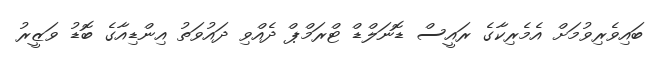
ބައިވެރިވުމަށް އެމެރިކާގެ ރައީސް ޑޮނަލްޑް ޓްރަމްޕް ދެއްވި ދައުވަތު އިންޑިއާގެ ބޮޑު ވަޒީރު